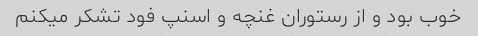
خوب بود و از رستوران غنچه و اسنپ فود تشکر میکنم